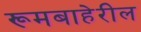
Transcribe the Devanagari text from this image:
रूमबाहेरील